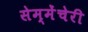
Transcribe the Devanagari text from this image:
सेम्मेंचेरी